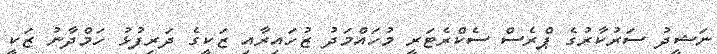
ނަޝީދު ސަރުކާރުގެ ޕްރެސް ސެކްރެޓަރީ މުހައްމަދު ޒުހައިރާއި ޒަކީގެ ދަރިފުޅު ހަމްދާނު ޒަކީ